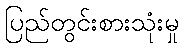
ပြည်တွင်းစားသုံးမှု